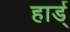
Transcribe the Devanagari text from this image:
हार्ड्